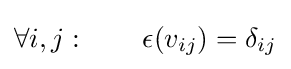
\forall i,j:\qquad \epsilon (v_{ij})=\delta _{ij}